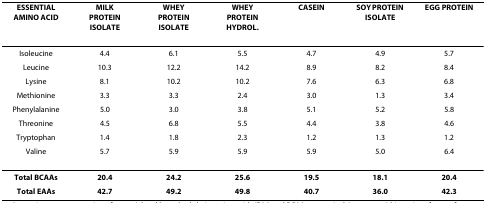
<table><thead><tr><td><b>ESSENTIAL AMINO ACID</b></td><td><b>MILK PROTEIN ISOLATE</b></td><td><b>WHEY PROTEIN ISOLATE</b></td><td><b>WHEY PROTEIN HYDROL.</b></td><td><b>CASEIN</b></td><td><b>SOY PROTEIN ISOLATE</b></td><td><b>EGG PROTEIN</b></td></tr></thead><tbody><tr><td>Isoleucine</td><td>4.4</td><td>6.1</td><td>5.5</td><td>4.7</td><td>4.9</td><td>5.7</td></tr><tr><td>Leucine</td><td>10.3</td><td>12.2</td><td>14.2</td><td>8.9</td><td>8.2</td><td>8.4</td></tr><tr><td>Lysine</td><td>8.1</td><td>10.2</td><td>10.2</td><td>7.6</td><td>6.3</td><td>6.8</td></tr><tr><td>Methionine</td><td>3.3</td><td>3.3</td><td>2.4</td><td>3.0</td><td>1.3</td><td>3.4</td></tr><tr><td>Phenylalanine</td><td>5.0</td><td>3.0</td><td>3.8</td><td>5.1</td><td>5.2</td><td>5.8</td></tr><tr><td>Threonine</td><td>4.5</td><td>6.8</td><td>5.5</td><td>4.4</td><td>3.8</td><td>4.6</td></tr><tr><td>Tryptophan</td><td>1.4</td><td>1.8</td><td>2.3</td><td>1.2</td><td>1.3</td><td>1.2</td></tr><tr><td>Valine</td><td>5.7</td><td>5.9</td><td>5.9</td><td>5.9</td><td>5.0</td><td>6.4</td></tr><tr><td><b>Total BCAAs</b></td><td><b>20.4</b></td><td><b>24.2</b></td><td><b>25.6</b></td><td><b>19.5</b></td><td><b>18.1</b></td><td><b>20.4</b></td></tr><tr><td><b>Total EAAs</b></td><td><b>42.7</b></td><td><b>49.2</b></td><td><b>49.8</b></td><td><b>40.7</b></td><td><b>36.0</b></td><td><b>42.3</b></td></tr></tbody></table>